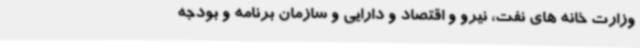
وزارت خانه های نفت، نیرو و اقتصاد و دارایی و سازمان برنامه و بودجه